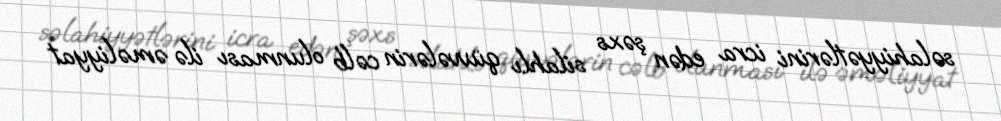
səlahiyyətlərini icra edən şəxs silahlı qüvvələrin cəlb olunması ilə əməliyyat